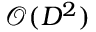
\mathcal { O } ( D ^ { 2 } )